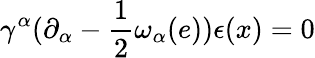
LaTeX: \gamma^{\alpha}(\partial_{\alpha}-\frac{1}{2}\omega_{\alpha}(e))\epsilon(x)=0